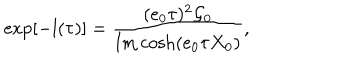
\exp \left[ - l ( \tau ) \right] = \frac { ( e _ { 0 } \tau ) ^ { 2 } \mathcal { G } _ { 0 } } { \mathrm { I m } \cosh ( e _ { 0 } \tau X _ { 0 } ) } ,